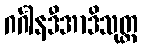
ဂင်္ဂါနဒီအာဒိသုတ္တ